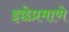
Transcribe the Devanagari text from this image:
इछेप्रमाणे